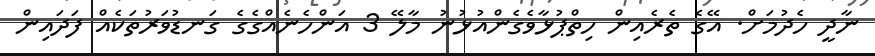
ނާދީ ހެދުމަށް. އޭގެ ތެރެއިން ހިތްޕުޅާވެގެންއުޅުނު މާލޭ 3 އަންހެނެއްގެގެ ގަނޑުވަރުތަކެއް ފަދައިން